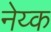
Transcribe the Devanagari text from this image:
नेय्क